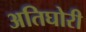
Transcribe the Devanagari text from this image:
अतिघोरी